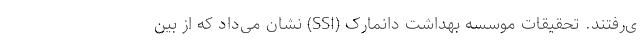
ی‌رفتند. تحقیقات موسسه بهداشت دانمارک (SSI) نشان می‌داد که از بین